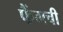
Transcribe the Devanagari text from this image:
फैंगची